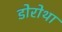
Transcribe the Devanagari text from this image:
डोरोथा